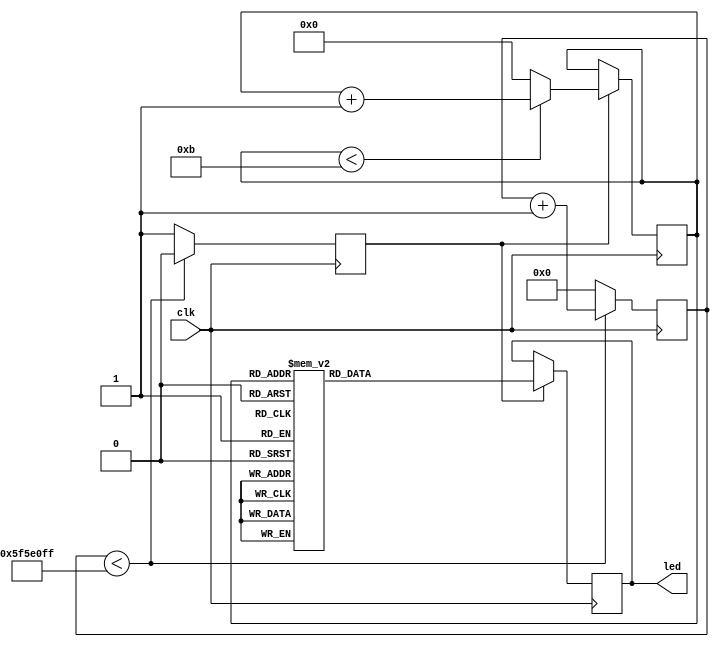
`timescale 1ns / 1ps
//////////////////////////////////////////////////////////////////////////////////
// Company: HITSZ
// 
// Design Name: 
// Module Name: CyclicLights
// Project Name: 
// Target Devices: 
// Tool Versions: 
// Description: 
// 
// Dependencies: 
// 
// Revision:
// Revision 0.01 - File Created
// Additional Comments:
// 
//////////////////////////////////////////////////////////////////////////////////


module CyclicLights(
    input clk,
    output [3:0] led
    );
    reg [26:0] divclk;
    reg cout_1s; // 1 Hz counter
    reg [3:0] led_timer; // 12 
    reg [3:0] led_reg;

    //  100 M  1 Hz 
    always @(posedge clk) begin
        if (divclk < 100000000 - 1) begin
            divclk <= divclk + 1;
            cout_1s <= 1'b0;
        end else begin
            divclk <= 0;
            cout_1s <= 1'b1;
        end
    end

    always @(posedge clk) begin
        if (cout_1s) begin
            if (led_timer < 12 - 1)
                led_timer <= led_timer + 1;
            else
                led_timer <= 0;
            
            case ({led_timer})
                4'b0000: led_reg <= 4'b1000;
                4'b0001: led_reg <= 4'b1100;
                4'b0010: led_reg <= 4'b1110;
                4'b0011: led_reg <= 4'b1111;
                4'b0100: led_reg <= 4'b1110;
                4'b0101: led_reg <= 4'b1100;
                4'b0110: led_reg <= 4'b1000;
                4'b0111: led_reg <= 4'b0000;
                4'b1000: led_reg <= 4'b1111;
                4'b1001: led_reg <= 4'b0000;
                4'b1010: led_reg <= 4'b1111;
                4'b1011: led_reg <= 4'b0000;
                default: led_reg <= 4'b0000;
            endcase
        end
    end

    assign led = led_reg;

endmodule